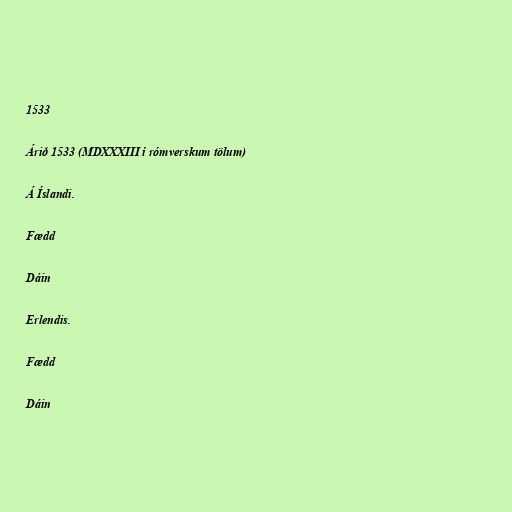
1533

Árið 1533 (MDXXXIII í rómverskum tölum)

Á Íslandi.

Fædd

Dáin

Erlendis.

Fædd

Dáin